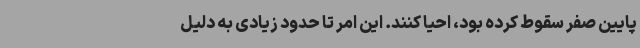
پایین صفر سقوط کرده بود، احیا کنند. این امر تا حدود زیادی به دلیل